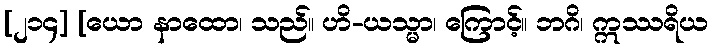
[၂၁၄] [ယော နာထော၊ သည်။ ဟိ-ယသ္မာ၊ ကြောင့်။ ဘဂိ၊ ဣဿရိယ